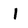
Character: l